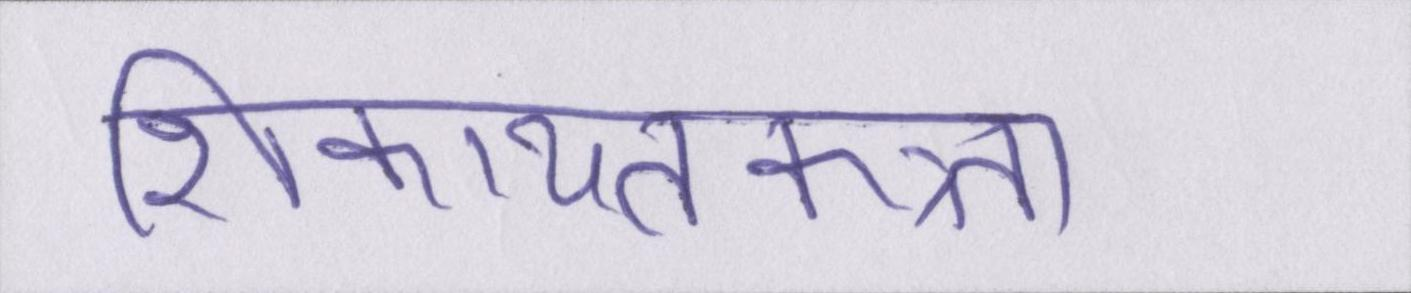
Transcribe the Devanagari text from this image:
शिकायतकत्र्ता